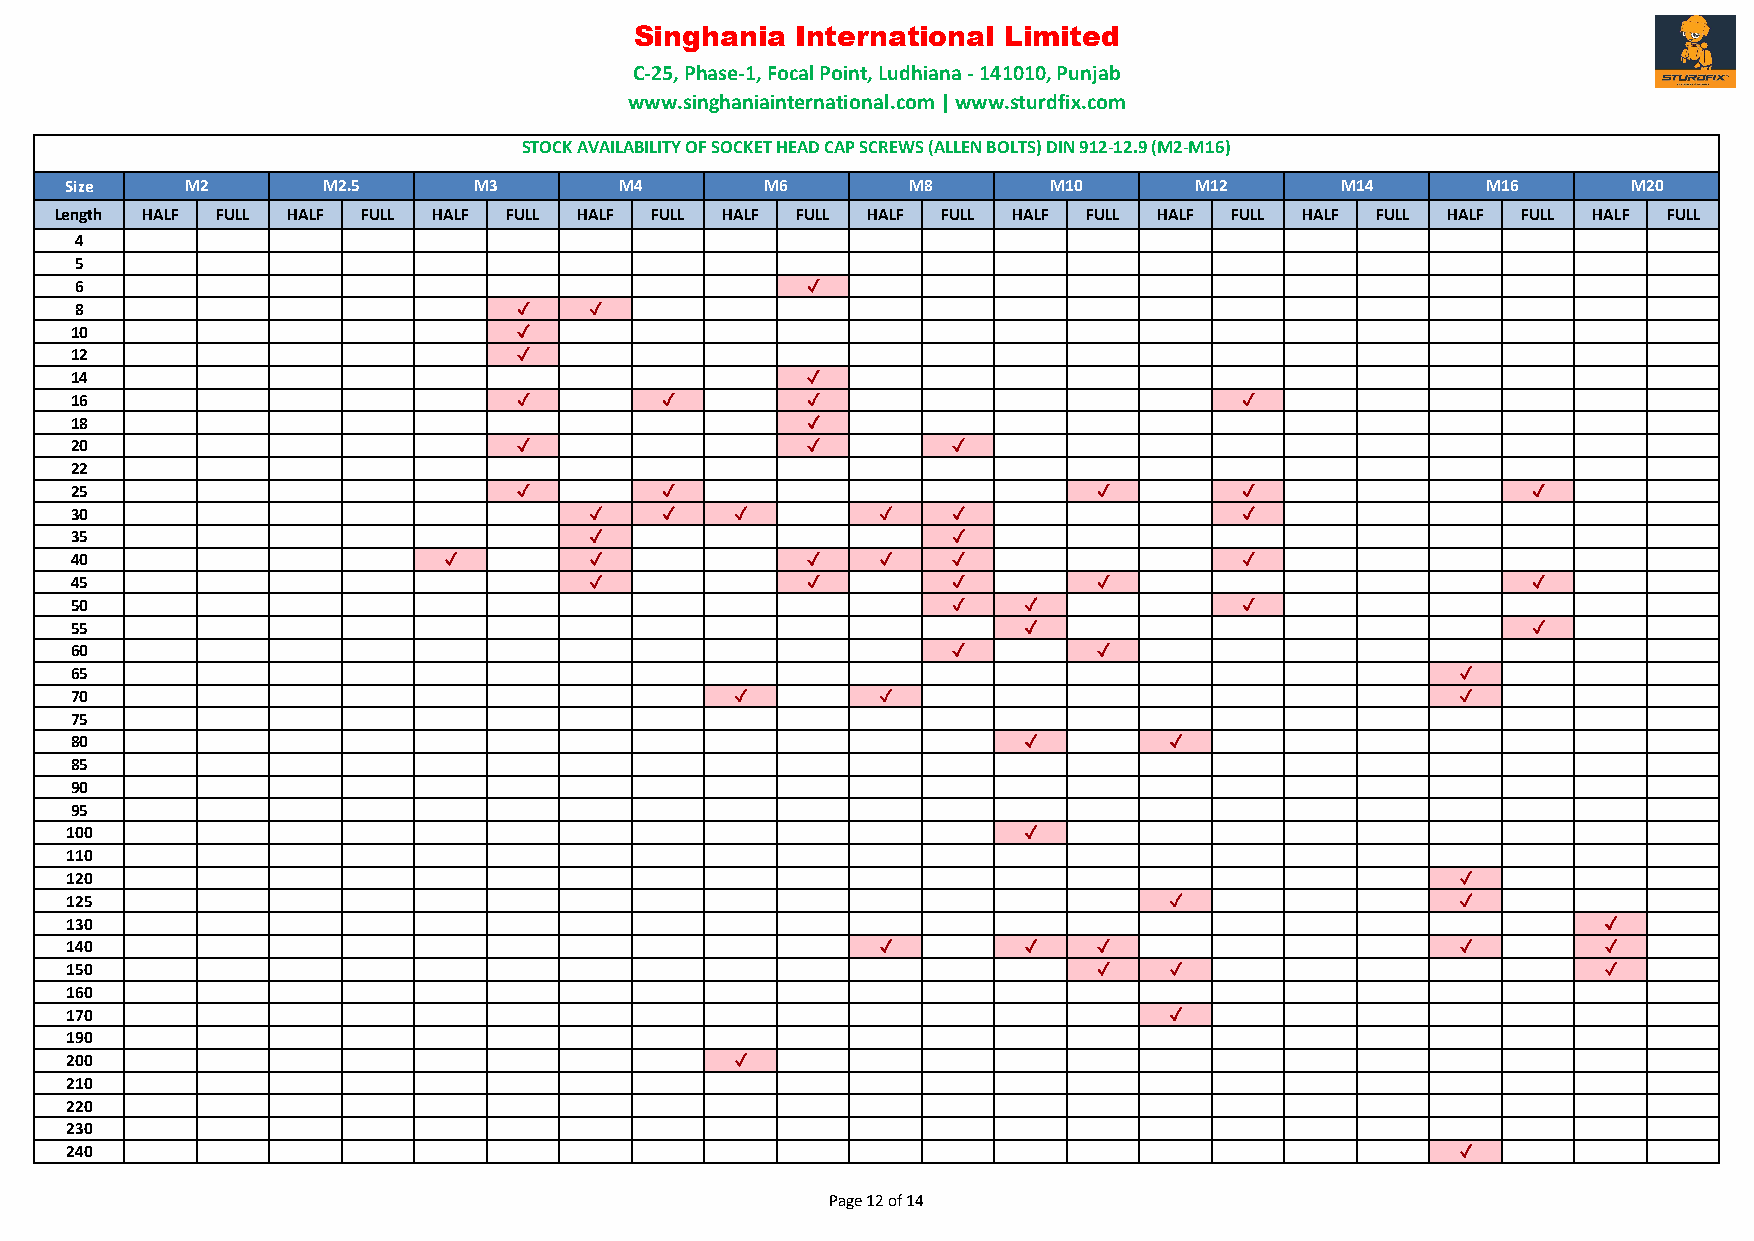
Singhania  International Limited
 C-25, Phase-1, Focal Point, Ludhiana - 141010, Punjab
 www.singhaniainternational.com | www.sturdfix.com
 STOCK AVAILABILITY OF SOCKET HEAD CAP SCREWS (ALLEN BOLTS) DIN 912-12.9 (M2-M16)
 Size    M2       M2.5      M3        M4        M6       M8        M10      M12       M14      M16       M20
 Length HALF FULL HALF FULL HALF FULL HALF FULL HALF FULL HALF FULL HALF FULL HALF FULL HALF FULL HALF FULL HALF FULL
 4
 5
 6                                               ✓
 8                            ✓    ✓
 10                           ✓
 12                           ✓
 14                                              ✓
 16                           ✓         ✓        ✓                            ✓
 18                                              ✓
 20                           ✓                  ✓         ✓
 22
 25                           ✓         ✓                            ✓        ✓                  ✓
 30                                ✓    ✓    ✓        ✓    ✓                  ✓
 35                                ✓                       ✓
 40                      ✓         ✓             ✓    ✓    ✓                  ✓
 45                                ✓             ✓         ✓         ✓                           ✓
 50                                                        ✓    ✓             ✓
 55                                                             ✓                                ✓
 60                                                        ✓         ✓
 65                                                                                          ✓
 70                                          ✓        ✓                                      ✓
 75
 80                                                             ✓        ✓
 85
 90
 95
 100                                                             ✓
 110
 120                                                                                          ✓
 125                                                                      ✓                   ✓
 130                                                                                                   ✓
 140                                                   ✓         ✓    ✓                       ✓        ✓
 150                                                                  ✓   ✓                            ✓
 160
 170                                                                      ✓
 190
 200                                          ✓
 210
 220
 230
 240                                                                                          ✓
 Page 12 of 14